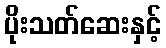
ပိုးသတ်ဆေးနှင့်